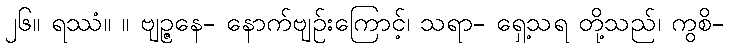
၂၆။ ရဿံ။ ။ ဗျဉ္ဇနေ- နောက်ဗျဉ်းကြောင့်၊ သရာ- ရှေ့သရ တို့သည်၊ ကွစိ-